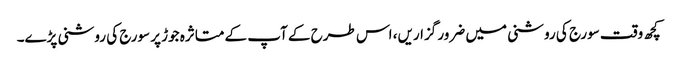
کچھ وقت سورج کی روشنی میں ضرور گزاریں، اس طرح کے آپ کے متاثرہ جوڑ پر سورج کی روشنی پڑے۔